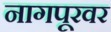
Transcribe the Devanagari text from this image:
नागपूरवर